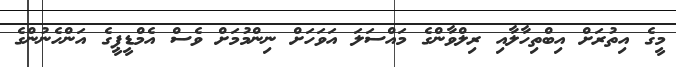
މީގެ އިތުރަށް އިބްތިހާލާއި ރިލްވާންގެ މައްސަލަ އަވަހަށް ނިންމުމަށް ވެސް އެމްޑީޕީގެ އަންހެނުންގެ